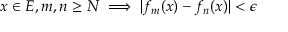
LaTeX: x \in E , m , n \geq N \implies | f _ { m } ( x ) - f _ { n } ( x ) | < \epsilon